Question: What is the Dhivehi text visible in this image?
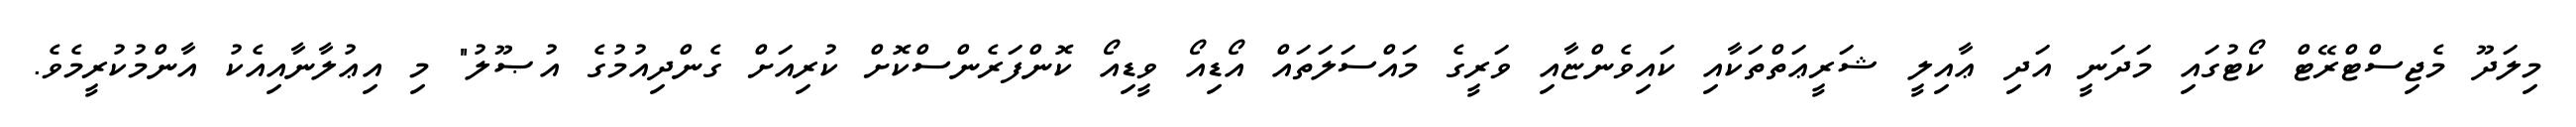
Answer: މިލަދޫ މެޖިސްޓްރޭޓް ކޯޓުގައި މަދަނީ އަދި ޢާއިލީ ޝަރީޢަތްތަކާއި ކައިވެންޏާއި ވަރީގެ މައްސަލަތައް އޯޑިއޯ ވީޑިއޯ ކޮންފަރެންސްކޮށް ކުރިއަށް ގެންދިއުމުގެ އުޞޫލު" މި އިޢުލާނާއިއެކު އާންމުކުރީމެވެ.